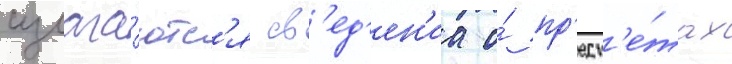
излага́ютс'я св'ед'ен'иа о́ пр'едм'е́тах